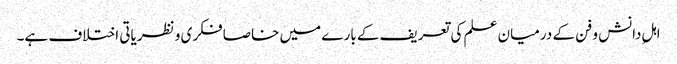
اہلِ دانش و فن کے درمیان علم کی تعریف کے بارے میں خاصا فکری و نظریاتی اختلاف ہے۔